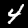
Label: 4